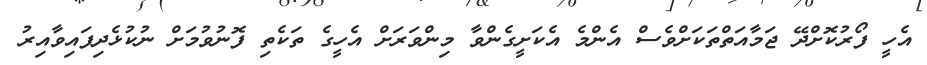
އެހީ ފޯރުކޮށްދޭ ޖަމާއަތްތަކަށްވެސް އެންމެ އެކަށީގެންވާ މިންވަރަށް އެހީގެ ތަކެތި ފޮނުވުމަށް ނުކުޅެދިފައިވާއިރު